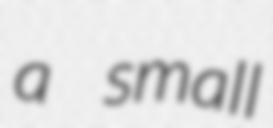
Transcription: a small